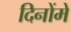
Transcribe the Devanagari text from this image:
दिनोंमें